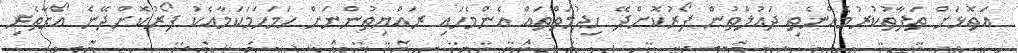
އަތޮޅަށް ތަފާތުކުރުމެއްނެތި ދައުލަތުން ފޯރުކޮށްދޭ ހިދުމަތްތައް އެންމެހައި ރައްޔިތުންނަށް ހަމަހަމަކަމާއެކު ފޯރުކޮށްދޭނެ އޯގާތެރި